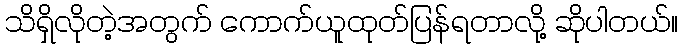
သိရှိလိုတဲ့အတွက် ကောက်ယူထုတ်ပြန်ရတာလို့ ဆိုပါတယ်။